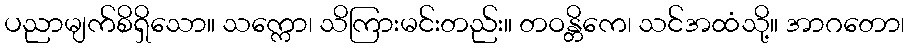
ပညာမျက်စိရှိသော။ သက္ကော၊ သိကြားမင်းတည်း။ တဝန္တိကေ၊ သင်အထံသို့။ အာဂတော၊